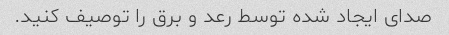
صدای ایجاد شده توسط رعد و برق را توصیف کنید.